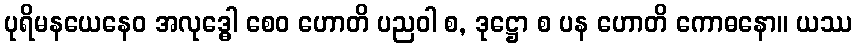
ပုရိမနယေနေဝ အလုဒ္ဓေါ စေဝ ဟောတိ ပညဝါ စ, ဒုဋ္ဌော စ ပန ဟောတိ ကောဓနော။ ယဿ